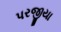
પરજીયા